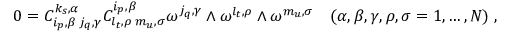
0 = C _ { i _ { p } , \beta \; j _ { q } , \gamma } ^ { k _ { s } , \alpha } C _ { l _ { t } , \rho \; m _ { u } , \sigma } ^ { i _ { p } , \beta } \omega ^ { j _ { q } , \gamma } \wedge \omega ^ { l _ { t } , \rho } \wedge \omega ^ { m _ { u } , \sigma } \quad ( \alpha , \beta , \gamma , \rho , \sigma = 1 , \ldots , N ) \; ,